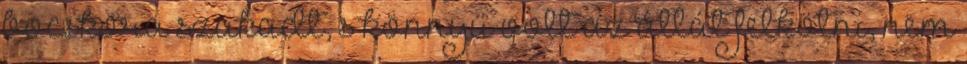
bocskora szakadt, s könnyű volt az állát felkötni, nem